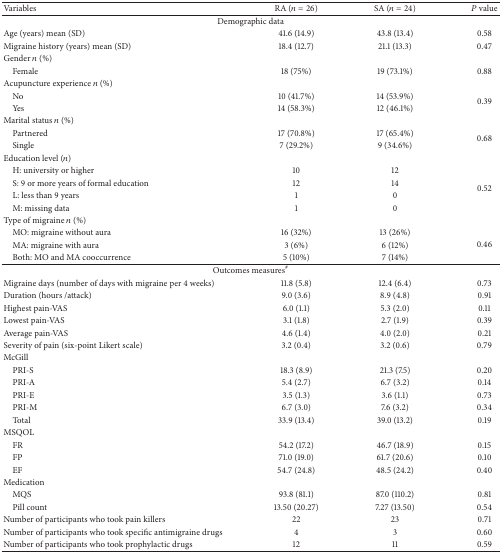
<table><thead><tr><td><b>Variables</b></td><td><b>RA (<i>n</i> = 26)</b></td><td><b>SA (<i>n</i> = 24)</b></td><td><b><i>P</i> value</b></td></tr></thead><tbody><tr><td colspan="4">Demographic data</td></tr><tr><td>Age (years) mean (SD)</td><td>41.6 (14.9)</td><td>43.8 (13.4)</td><td>0.58</td></tr><tr><td>Migraine history (years) mean (SD)</td><td>18.4 (12.7)</td><td>21.1 (13.3)</td><td>0.47</td></tr><tr><td>Gender <i>n</i> (%)</td><td> </td><td> </td><td> </td></tr><tr><td> Female</td><td>18 (75%)</td><td>19 (73.1%)</td><td>0.88</td></tr><tr><td>Acupuncture experience <i>n</i> (%)</td><td> </td><td> </td><td> </td></tr><tr><td> No</td><td>10 (41.7%)</td><td>14 (53.9%)</td><td rowspan="2">0.39</td></tr><tr><td> Yes</td><td>14 (58.3%)</td><td>12 (46.1%)</td></tr><tr><td>Marital status <i>n</i> (%)</td><td> </td><td> </td><td> </td></tr><tr><td> Partnered </td><td>17 (70.8%)</td><td>17 (65.4%)</td><td rowspan="2">0.68</td></tr><tr><td> Single</td><td>7 (29.2%)</td><td>9 (34.6%)</td></tr><tr><td>Education level (<i>n</i>)</td><td> </td><td> </td><td> </td></tr><tr><td> H: university or higher</td><td>10</td><td>12</td><td rowspan="4">0.52</td></tr><tr><td> S: 9 or more years of formal education</td><td>12</td><td>14</td></tr><tr><td> L: less than 9 years</td><td>1</td><td>0</td></tr><tr><td> M: missing data</td><td>1</td><td>0</td></tr><tr><td>Type of migraine <i>n</i> (%)</td><td> </td><td> </td><td> </td></tr><tr><td> MO: migraine without aura</td><td>16 (32%)</td><td>13 (26%)</td><td rowspan="3">0.46</td></tr><tr><td> MA: migraine with aura</td><td>3 (6%)</td><td>6 (12%)</td></tr><tr><td> Both: MO and MA cooccurrence</td><td>5 (10%)</td><td>7 (14%)</td></tr><tr><td colspan="4">Outcomes measures<sup>#</sup></td></tr><tr><td>Migraine days (number of days with migraine per 4 weeks)</td><td>11.8 (5.8)</td><td>12.4 (6.4)</td><td>0.73</td></tr><tr><td>Duration (hours /attack)</td><td>9.0 (3.6)</td><td>8.9 (4.8)</td><td>0.91</td></tr><tr><td>Highest pain-VAS</td><td>6.0 (1.1)</td><td>5.3 (2.0)</td><td>0.11</td></tr><tr><td>Lowest pain-VAS</td><td>3.1 (1.8)</td><td>2.7 (1.9)</td><td>0.39</td></tr><tr><td>Average pain-VAS</td><td>4.6 (1.4)</td><td>4.0 (2.0)</td><td>0.21</td></tr><tr><td>Severity of pain (six-point Likert scale)</td><td>3.2 (0.4)</td><td>3.2 (0.6)</td><td>0.79</td></tr><tr><td>McGill</td><td> </td><td> </td><td> </td></tr><tr><td> PRI-S</td><td>18.3 (8.9)</td><td>21.3 (7.5)</td><td>0.20</td></tr><tr><td> PRI-A</td><td>5.4 (2.7)</td><td>6.7 (3.2)</td><td>0.14</td></tr><tr><td> PRI-E</td><td>3.5 (1.3)</td><td>3.6 (1.1)</td><td>0.73</td></tr><tr><td> PRI-M</td><td>6.7 (3.0)</td><td>7.6 (3.2)</td><td>0.34</td></tr><tr><td> Total</td><td>33.9 (13.4)</td><td>39.0 (13.2)</td><td>0.19</td></tr><tr><td>MSQOL</td><td> </td><td> </td><td> </td></tr><tr><td> FR</td><td>54.2 (17.2)</td><td>46.7 (18.9)</td><td>0.15</td></tr><tr><td> FP</td><td>71.0 (19.0)</td><td>61.7 (20.6)</td><td>0.10</td></tr><tr><td> EF</td><td>54.7 (24.8)</td><td>48.5 (24.2)</td><td>0.40</td></tr><tr><td>Medication</td><td> </td><td> </td><td> </td></tr><tr><td> MQS</td><td>93.8 (81.1)</td><td>87.0 (110.2)</td><td>0.81</td></tr><tr><td> Pill count</td><td>13.50 (20.27)</td><td>7.27 (13.50)</td><td>0.54</td></tr><tr><td>Number of participants who took pain killers</td><td>22</td><td>23</td><td>0.71</td></tr><tr><td>Number of participants who took specific antimigraine drugs</td><td>4</td><td>3</td><td>0.60</td></tr><tr><td>Number of participants who took prophylactic drugs</td><td>12</td><td>11</td><td>0.59</td></tr></tbody></table>